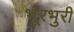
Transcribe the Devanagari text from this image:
भूरभुरी